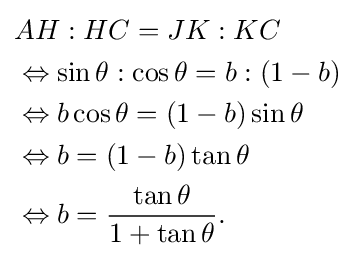
{\begin{aligned}&AH:HC=JK:KC\\&\Leftrightarrow \sin \theta :\cos \theta =b:(1-b)\\&\Leftrightarrow b\cos \theta =(1-b)\sin \theta \\&\Leftrightarrow b=(1-b)\tan \theta \\&\Leftrightarrow b={\frac {\tan \theta }{1+\tan \theta }}.\end{aligned}}